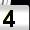
Digit: 4